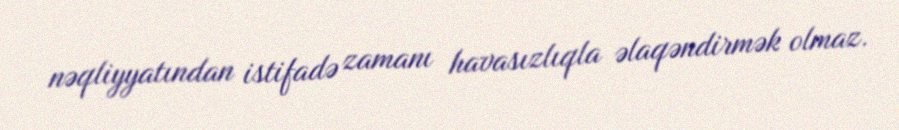
nəqliyyatından istifadə zamanı havasızlıqla əlaqəndirmək olmaz.